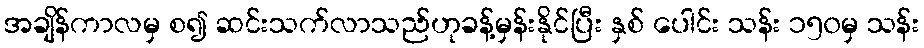
အချိန်ကာလမှ စ၍ ဆင်းသက်လာသည်ဟုခန့်မှန်းနိုင်ပြီး နှစ် ပေါင်း သန်း ၁၅၀မှ သန်း